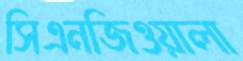
সিএনজিওয়ালা